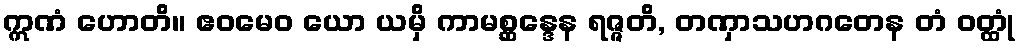
ဣဏံ ဟောတိ။ ဧဝမေဝ ယော ယမှိ ကာမစ္ဆန္ဒေန ရဇ္ဇတိ, တဏှာသဟဂတေန တံ ဝတ္ထုံ